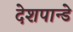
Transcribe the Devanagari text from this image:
देशपान्डे